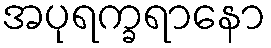
အပုရက္ခရာနော